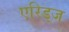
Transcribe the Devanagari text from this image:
एरिड्‌ज